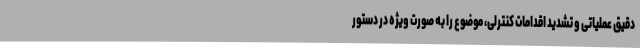
دقیق عملیاتی و تشدید اقدامات کنترلی، موضوع را به صورت ویژه در دستور